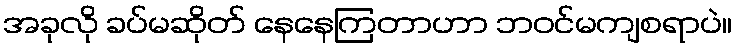
အခုလို ခပ်မဆိုတ် နေနေကြတာဟာ ဘဝင်မကျစရာပဲ။